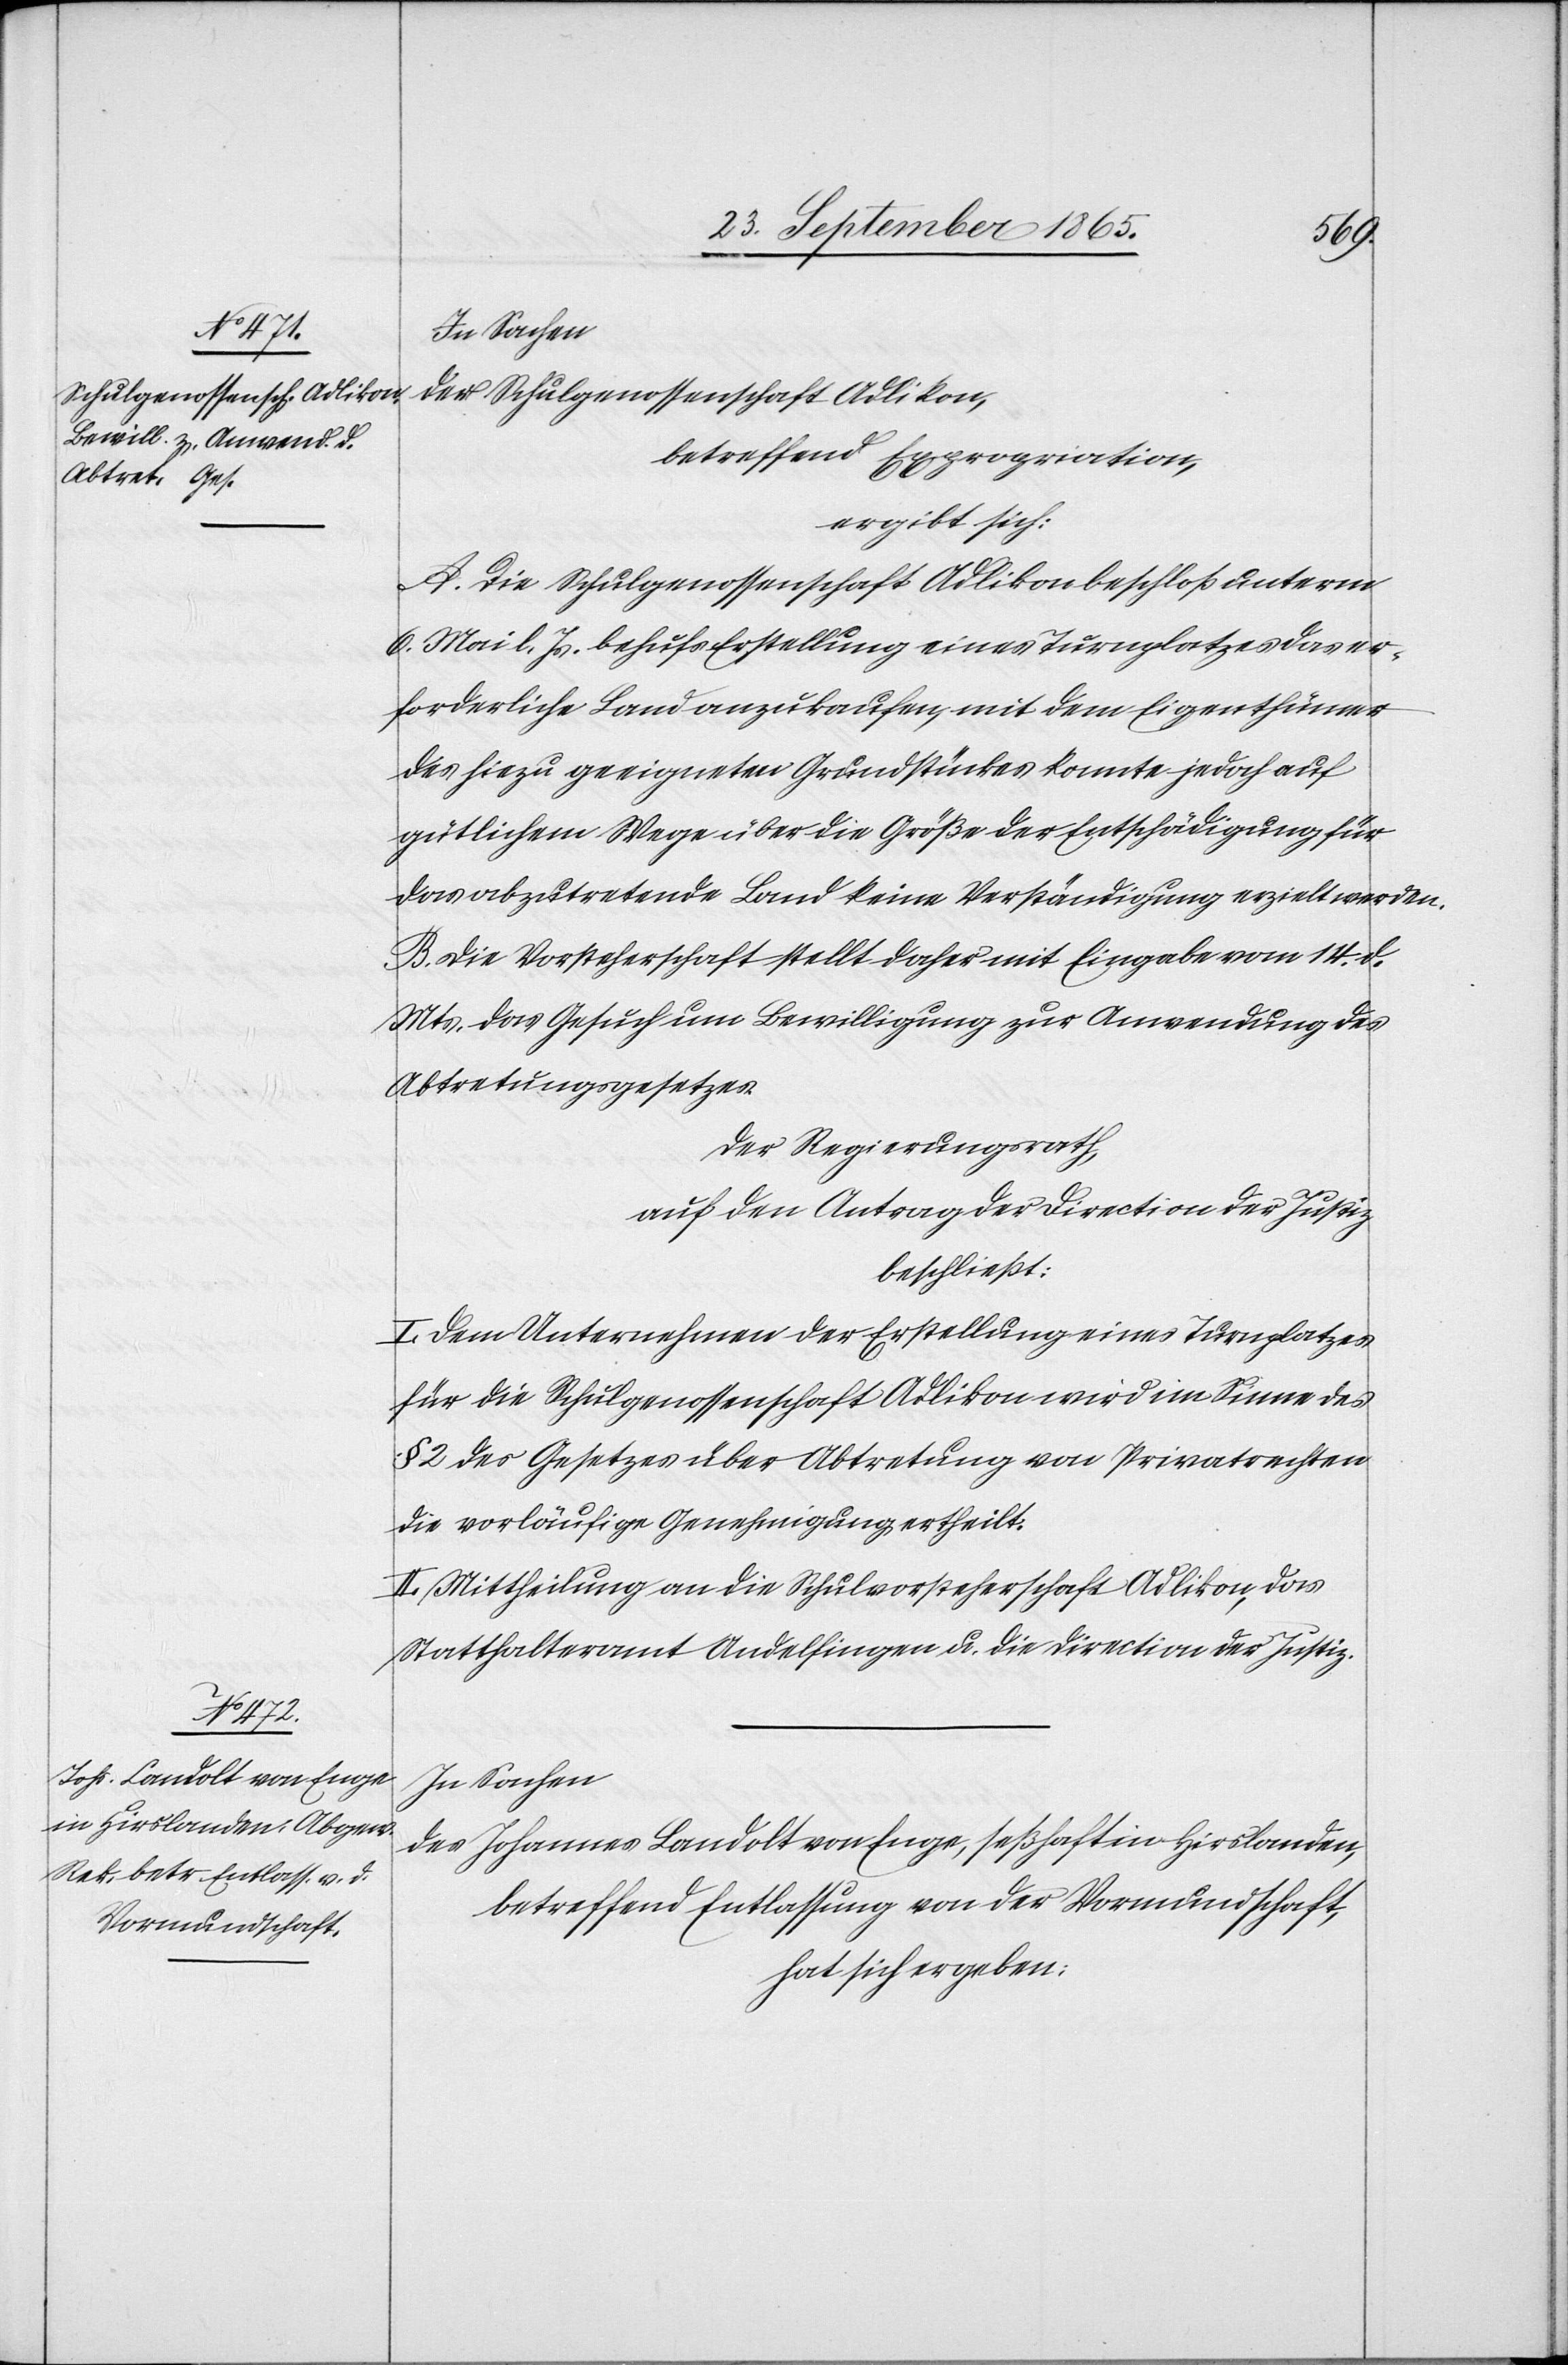
In Sachen
der Schulgenossenschaft Adlikon,
betreffend Expropriation,
ergibt sich:
A. Die Schulgenossenschaft Adlikon beschloß unterm
6. Mai l. Js. behufs Erstellung eines Turnplatzes das er¬
forderliche Land anzukaufen, mit dem Eigenthümer
des hiezu geeigneten Grundstückes konnte jedoch auf
gütlichem Wege über die Größe der Entschädigung für
das abzutretende Land keine Verständigung erzielt werden.
B. Die Vorsteherschaft stellt daher mit Eingabe vom 15. d.
Mts. das Gesuch um Bewilligung zur Anwendung des
Abtretungsgesetzes.
Der Regierungsrath,
auf den Antrag der Direction der Justiz
beschließt:
I. Dem Unternehmen der Erstellung eines Turnplatzes
für die Schulgenossenschaft Adlikon wird im Sinne des
§ 2 des Gesetzes über Abtretung von Privatrechten
die vorläufige Genehmigung ertheilt.
II. Mittheilung an die Schulvorsteherschaft Adlikon, das
Statthalteramt Andelfingen u. die Direction der Justiz.
In Sachen
des Johannes Landolt von Enge, seßhaft in Hirslanden,
betreffend Entlassung von der Vormundschaft,
hat sich ergeben: